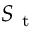
S _ { \mathrm { ~ t ~ } }